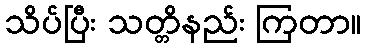
သိပ်ပြီး သတ္တိနည်း ကြတာ။